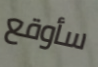
سأوقع